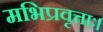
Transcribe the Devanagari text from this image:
मभिप्रवृत्ताः।